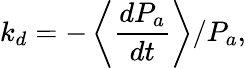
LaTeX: k_{d}=-\left\langle\frac{dP_{a}}{dt}\right\rangle/P_{a},